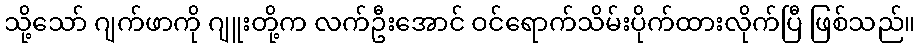
သို့သော် ဂျက်ဖာကို ဂျူးတို့က လက်ဦးအောင် ဝင်ရောက်သိမ်းပိုက်ထားလိုက်ပြီ ဖြစ်သည်။